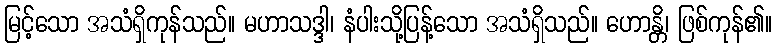
မြင့်သော အသံရှိကုန်သည်။ မဟာသဒ္ဒါ၊ နံပါးသို့ပြန့်သော အသံရှိသည်။ ဟောန္တိ၊ ဖြစ်ကုန်၏။